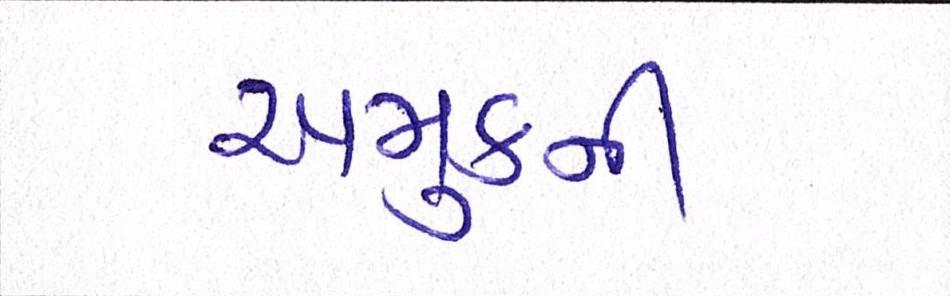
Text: અમુકની